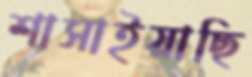
শাসাইয়াছি